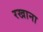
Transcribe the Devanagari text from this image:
रखाना